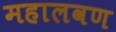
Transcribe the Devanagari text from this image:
महालवण